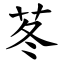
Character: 苳